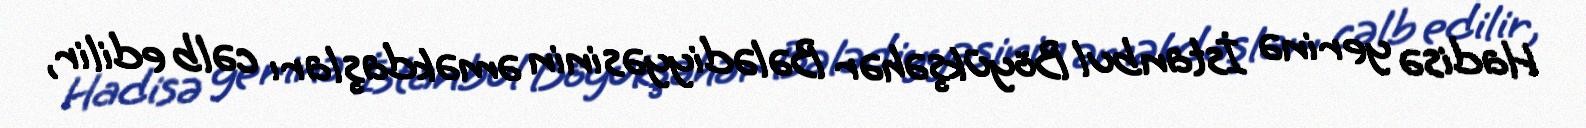
Hadisə yerinə İstanbul Böyükşəhər Bələdiyyəsinin əməkdaşları cəlb edilir,